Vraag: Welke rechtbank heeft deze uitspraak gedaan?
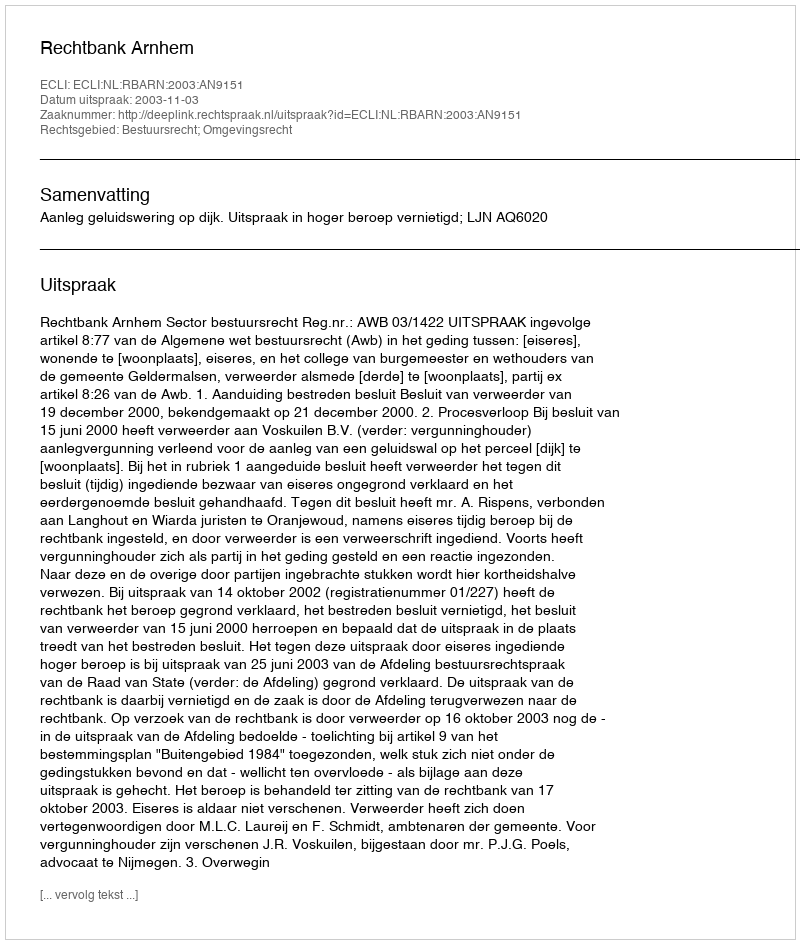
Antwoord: Rechtbank Arnhem